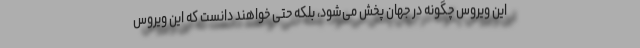
این ویروس چگونه در جهان پخش می‌شود، بلکه حتی خواهند دانست که این ویروس